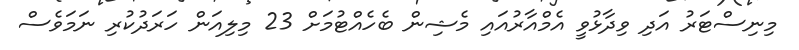
މިނިސްޓަރު އަދި ވިދާޅުވީ އެމްއާރުއައި މެޝިން ބެހެއްޓުމަށް 23 މިލިއަން ހަރަދުކުރި ނަމަވެސް